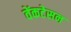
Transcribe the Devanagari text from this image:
वेंकटेसन